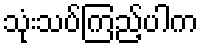
သုံးသပ်ကြည့်ပါက